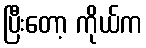
ပြီးတော့ ကိုယ်က